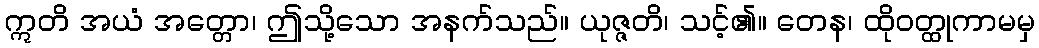
ဣတိ အယံ အတ္တော၊ ဤသို့သော အနက်သည်။ ယုဇ္ဇတိ၊ သင့်၏။ တေန၊ ထိုဝတ္ထုကာမမှ